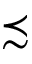
\precsim